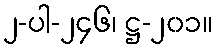
၂-ပါ-၂၄၆၊ ဋ္ဌ-၂၀၁။